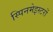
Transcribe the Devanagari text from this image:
स्पिनमेइस्टरों